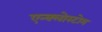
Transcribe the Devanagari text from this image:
एन्क्लोस्टोम